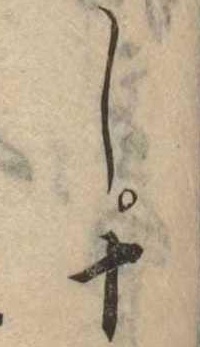
し十